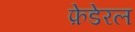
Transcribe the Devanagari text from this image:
फ़ेडेरल